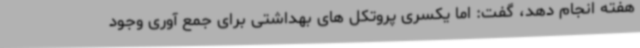
هفته انجام دهد، گفت: اما یکسری پروتکل های بهداشتی برای جمع آوری وجود